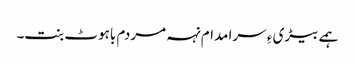
ہمے بیڑی ءِ سرا مدام نہہ مردم باہوٹ بنت۔